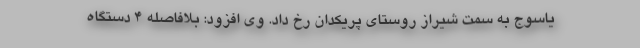
یاسوج به سمت شیراز روستای پریکدان رخ داد. وی افزود: بلافاصله ۴ دستگاه